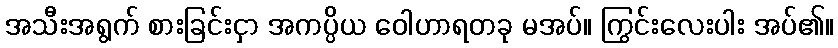
အသီးအရွက် စားခြင်းငှာ အကပ္ပိယ ဝေါဟာရတခု မအပ်။ ကြွင်းလေးပါး အပ်၏။